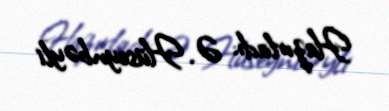
Hazırladı: Ə. Hüseynbəyli